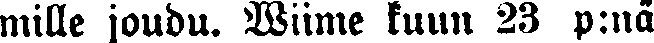
mille joudu. Wiime kuun 23 p:nä